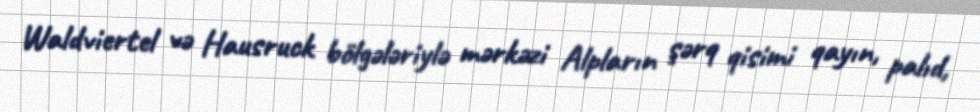
Waldviertel və Hausruck bölgələriylə mərkəzi Alpların şərq qisimi qayın, palıd,